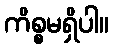
ကိစ္စမရှိပါ။